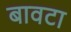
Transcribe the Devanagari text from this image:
बावटा